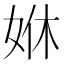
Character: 𡜨